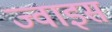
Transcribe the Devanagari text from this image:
ज्वाइस